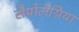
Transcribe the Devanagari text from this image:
सैप्रोलेग्निया